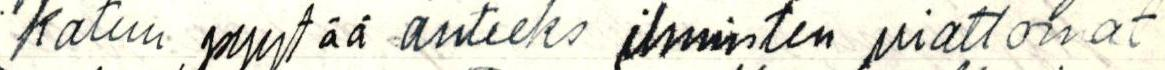
katuu pyytää anteeks ihmisten viattomat